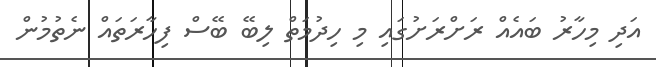
އަދި މިހާރު ބައެއް ރަށްރަށުގައި މި ހިދުމަތް ލިބޭ ބޭސް ފިހާރަތައް ނެތުމުން